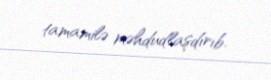
tamamilə məhdudlaşdırıb.